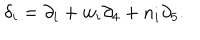
\delta _ { i } = \partial _ { i } + w _ { i } \partial _ { 4 } + n _ { i } \partial _ { 5 } .